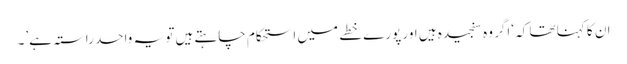
ان کا کہنا تھا کہ ‘اگر وہ سنجیدہ ہیں اور پورے خطے میں استحکام چاہتے ہیں تو یہ واحد راستہ ہے’۔